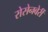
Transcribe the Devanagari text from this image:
रोसेनबेर्री